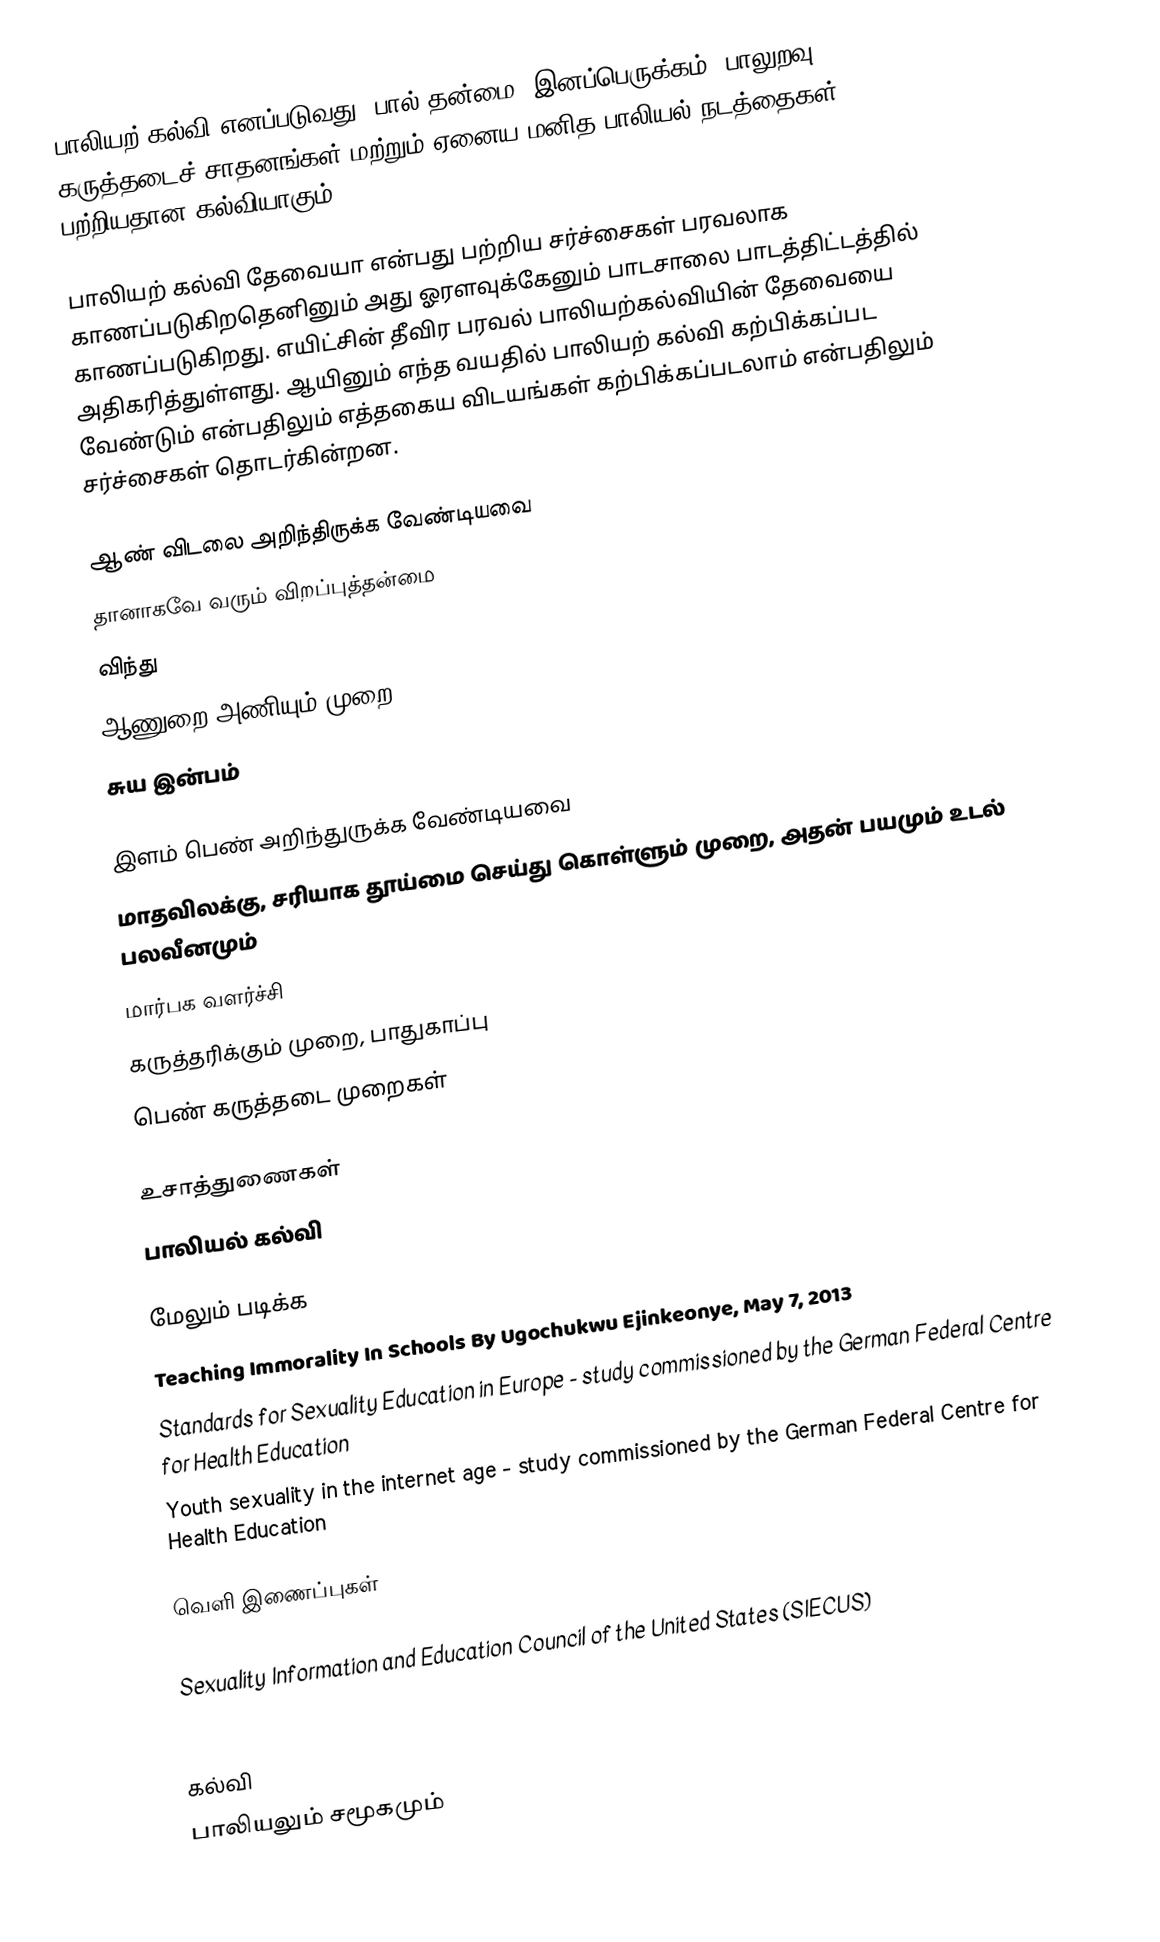
பாலியற் கல்வி எனப்படுவது, பால் தன்மை, இனப்பெருக்கம், பாலுறவு, கருத்தடைச் சாதனங்கள் மற்றும் ஏனைய மனித பாலியல் நடத்தைகள் பற்றியதான கல்வியாகும்.

பாலியற் கல்வி தேவையா என்பது பற்றிய சர்ச்சைகள் பரவலாக காணப்படுகிறதெனினும் அது ஓரளவுக்கேனும் பாடசாலை பாடத்திட்டத்தில் காணப்படுகிறது. எயிட்சின் தீவிர பரவல் பாலியற்கல்வியின் தேவையை அதிகரித்துள்ளது. ஆயினும் எந்த வயதில் பாலியற் கல்வி கற்பிக்கப்பட வேண்டும் என்பதிலும் எத்தகைய விடயங்கள் கற்பிக்கப்படலாம் என்பதிலும் சர்ச்சைகள் தொடர்கின்றன.

ஆண் விடலை அறிந்திருக்க வேண்டியவை
 தானாகவே வரும் விறப்புத்தன்மை
 விந்து
 ஆணுறை அணியும் முறை
 சுய இன்பம்

இளம் பெண் அறிந்துருக்க வேண்டியவை
 மாதவிலக்கு, சரியாக தூய்மை செய்து கொள்ளும் முறை, அதன் பயமும் உடல் பலவீனமும்
 மார்பக வளர்ச்சி
 கருத்தரிக்கும் முறை, பாதுகாப்பு
 பெண் கருத்தடை முறைகள்

உசாத்துணைகள்
 பாலியல் கல்வி

மேலும் படிக்க
 Teaching Immorality In Schools By Ugochukwu Ejinkeonye, May 7, 2013
 Standards for Sexuality Education in Europe - study commissioned by the German Federal Centre for Health Education
 Youth sexuality in the internet age - study commissioned by the German Federal Centre for Health Education

வெளி இணைப்புகள்

 Sexuality Information and Education Council of the United States (SIECUS)
 Nederlandse Vereniging voor Seksuele Hervorming (Dutch Society for Sexual Reform)

கல்வி
பாலியலும் சமூகமும்